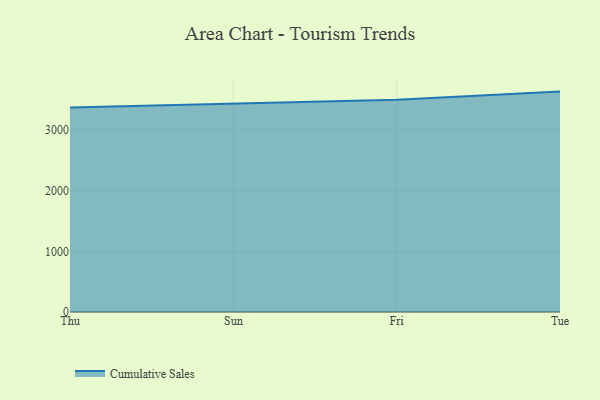
{"axis": {"x": "Day", "y": "Gross Profit (USD K)"}, "legend": ["Cumulative Sales"], "data": [{"x": "Thu", "y": 3374.5, "type": "Cumulative Sales"}, {"x": "Sun", "y": 3437.3, "type": "Cumulative Sales"}, {"x": "Fri", "y": 3501.3, "type": "Cumulative Sales"}, {"x": "Tue", "y": 3635.9, "type": "Cumulative Sales"}]}